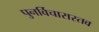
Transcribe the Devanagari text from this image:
पुनर्विचारास्तव